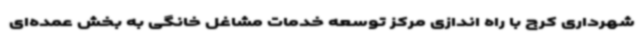
شهرداری کرج با راه اندازی مرکز توسعه خدمات مشاغل خانگی به بخش عمده‌ای